Vaccination in Burma 1912-1922 - 1912-1922
Year: 1912
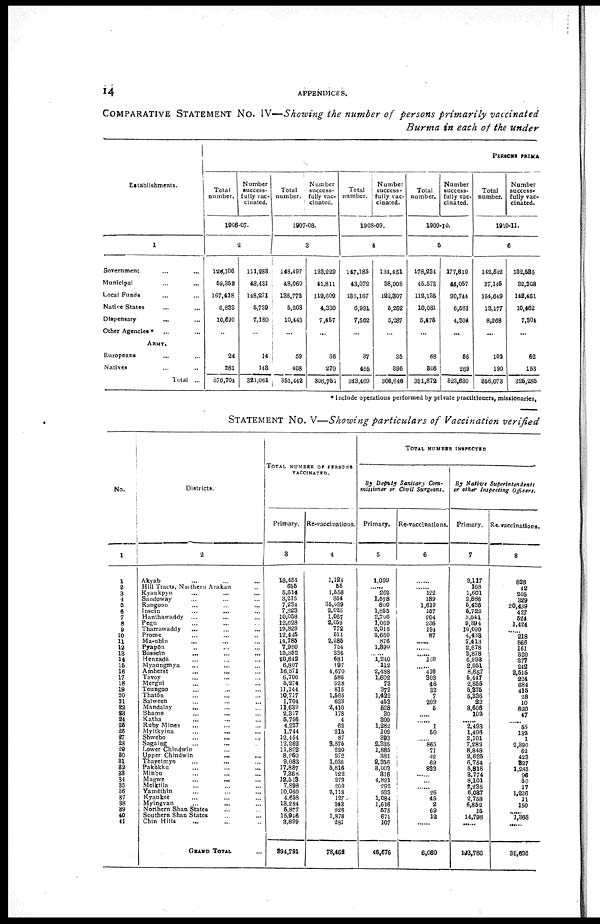
14
APPENDICES.
COMPARATIVE STATEMENT No. IV—Showing the number of persons primarily vaccinated
Burma in each of the under
Establishments.
1
Government ... ...
Municipal ... ...
Local Funds ... ...
Native States ... ...
Dispensary
... ...
Other Agencies * ... ...
ARMY.
Europeans ... ...
Natives ... ...
Total ...
PERSONS PRIMA
Total
number.
Number
success-
fully vac-
cinated.
1906-07.
2
126,106
59,352
167,418
6,833
10,690
...
24
281
370,704
111,283
48,431
148,271
5,739
7,180
...
14
143
321,061
Total
number.
Number
success-
fully vac-
cinated.
1907-08.
3
148,497
48,060
138,772
5,203
10,443
...
59
408
351,442
133,229
41,811
119,609
4,330
7,457
...
36
279
306,751
Total
number.
Number
success-
fully vac-
cinated.
1908-09.
4
147,185
43,072
138,167
6,991
7,562
...
37
455
343,469
134,451
38,908
122,307
5,262
5,287
...
35
396
306,646
Total
number.
Number
success-
fully vac-
cinated.
1909-10.
5
178,234
45,573
112,135
10,081
5,475
...
68
306
351,872
177,619
44,057
90,744
6,581
4,304
...
56
269
823,630
Total
number.
Number
success-
fully vac¬
cinated.
1910-11.
6
142,542
37,145
154,649
13,177
8,268
...
102
190
356,073
182,585
32,308
143,461
10,462
7,304
...
62
153
325,285
* Include operations performed by private practitioners, missionaries.
STATEMENT No. V—Showing particulars of Vaccination verified
No.
1
1
2
3
4
5
6
7
8
9
10
11
12
13
14
16
16
17
18
19
20
21
22
23
24
25
26
27
28
29
30
31
32
33
34
35
36
37
38
39
40
41
Districts.
2
Akyab ... ... ...
Hill Tracts, Northern Arakan ...
Kyaukpyu ... ... ...
Sandoway ... ... ...
Rangoon ... ... ...
Insein ... ... ...
Hanthawaddy ... ... ...
Pegu ... ... ...
Tharrawaddy ... ... ...
Prome ... ... ...
Ma-ubin ... ... ...
Pyapôn ... ... ...
Bassein ... ... ...
Henzada ... ... ...
Myaungmya ... ... ...
Amherst ... ... ...
Tavoy ... ... ...
Mergui ... ... ...
Toungoo ... ... ...
Thatôn ... ... ...
Salween ... ... ...
Mandalay ... ... ...
Bhamo ... ... ...
Katha ... ... ...
Ruby Mines ... ... ...
Myitkyina
...
... ...
Shwebo ... ... ...
Sagaing
... ... ...
Lower Chindwin ... ... ...
Upper Chindwin
...
... ...
Thayetmyo ... ... ...
Pakôkku ... ... ...
Minbu ... ... ...
Magwe ... ... ...
Meiktila ... ... ...
Yamèthin ... ... ...
Kyauksè ... ... ...
Myingyan
...
... ...
Northern Shan States ... ...
Southern Shan States ... ...
Chin Hills ... ... ...
GRAND TOTAL ...
TOTAL NUMBER OF PERSONS
VACCINATED.
Primary.
3
18,454
655
5,614
3,215
7,234
7,823
10,058
12,628
19,829
12,445
14,785
7,980
15,352
20,842
6,807
16,571
6,706
5,274
11,144
10,717
1,704
11,639
2,317
5,756
4,227
1,744
12,454
12,262
11,822
8,260
9,083
17,887
7,368
12,513
7,898
10,060
4,658
13,284
5,877
15,946
3,899
394,791
Re-vaccinations.
4
1,124
55
1,558
354
35,039
2,025
1,067
2,059
772
511
2,285
754
336
681
197
4,670
586
928
815
1,565
623
2,410
178
4
62
215
87
3,575
220
972
1,036
5,816
122
279
209
2,118
127
343
226
1,878
281
78,462
TOTAL NUMBER INSPECTED
By Deputy Sanitary Com¬
missioner or Civil Surgeons.
Primary.
5
1,099
...... 262
1,578
800
1,855
2,700
1,069
2,015
2,660
876
1,390
...... 1,240
112
2,488
1,602
73
372
1,422
453
528
30
300
1,282
102
393
2,335
1,885
381
2,356
3,003
316
4,821
292
533
1,084
1,616
575
671
107
46,676
Re-vaccinations.
6
......
...... 122
189
1,619
157
204
236
194
87
......
......
...... 169
...
416
303
46
32
7
209
5
......
......
1
50
...... 865
71
42
69
833
......
......
......
26
45
2
69
12
......
6,080
By Native Superintendents
or other Inspecting Officers.
Primary.
7
9,117
168
1,601
2,886
5,436
5,722
3,541
9,394
10,090
4,433
7,413
2,678
3,878
6,993
2,051
8,657
5,447
2,855
5,375
5,336
22
8,608
102
...... 2,493
1,496
2,101
7,282
8,848
2,625
6,754
5,816
3,774
8,101
2,235
6,037
2,758
6,852
15
14,798
......
193,786
Re-vaccinations.
8
826
42
205
329
20,439
427
524
1,424
...... 218
866
161
320
277
242
2,515
224
684
415
28
10
820
47
......
55
132
1
2,390
62
423
327
1,285
96
50
17
1,226
11
150
...... 1,368
......
38,636